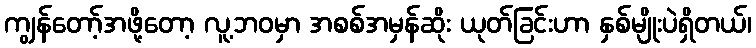
ကျွန်တော့်အဖို့တော့ လူ့ဘဝမှာ အစစ်အမှန်ဆိုး ယုတ်ခြင်းဟာ နှစ်မျိုးပဲရှိတယ်၊